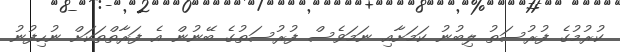
ކުރުމުގެ ފުރުސަތު ލިބުނު ކަމަށާއި ނަމަވެސް ފުރުސަތުގެ ބޭނުން އެ ފަރާތްތަކަށް ނުހިފުނު